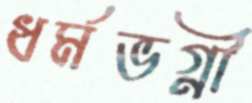
ধর্মভগ্নী